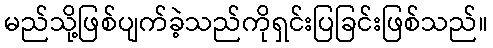
မည်သို့ဖြစ်ပျက်ခဲ့သည်ကိုရှင်းပြခြင်းဖြစ်သည်။